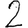
Digit: 2